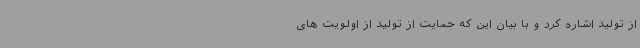
از تولید اشاره کرد و با بیان این که حمایت از تولید از اولویت های